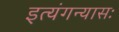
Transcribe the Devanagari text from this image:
इत्यंगन्यासः